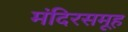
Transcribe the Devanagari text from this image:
मंदिरसमूह